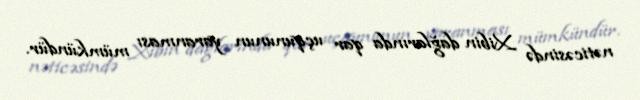
nəticəsində Xibin dağlarında qar uçqununun yaranması mümkündür.